Annual report on the health of the army in India
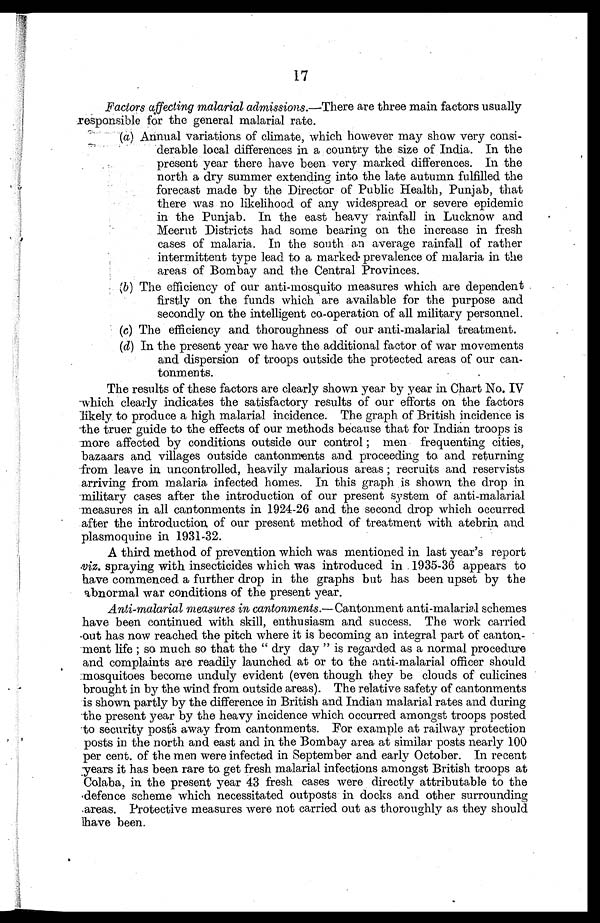
17
Factors affecting malarial admissions .—There are three main factors usually
responsible for the general malarial rate.
(a) Annual variations of climate, which however may show very consi-
derable local differences in a country the size of India. In the
present year there have been very marked differences. In the
north a dry summer extending into the late autumn fulfilled the
forecast made by the Director of Public Health, Punjab, that
there was no likelihood of any widespread or severe epidemic
in the Punjab. In the east heavy rainfall in Lucknow and
•
Meerut Districts had some bearing on the increase in fresh
cases of malaria. In the south an average rainfall of rather
intermittent type lead to a marked prevalence of malaria in the
areas of Bombay and the Central Provinces.
(b) The efficiency of our anti-mosquito measures which are dependent
firstly on the funds which are available for the purpose and
secondly on the intelligent co-operation of all military personnel.
(c) The efficiency and thoroughness of our anti-malarial treatment.
•
(d) In the present year we have the additional factor of war movements
and dispersion of troops outside the protected areas of our can
tonments.
The results of these factors are clearly shown year by year in Chart No. IV
which clearly indicates the satisfactory results of our efforts on the factors
likely to produce a high malarial incidence. The graph of British incidence is
the truer guide to the effects of our methods because that for Indian troops is
more affected by conditions outside our control ; men frequenting cities,
bazaars and villages outside cantonments and proceeding to and returning
from leave in uncontrolled, heavily malarious areas ; recruits and reservists
arriving from malaria infected homes. In this graph is shown the drop in
military cases after the introduction of our present system of anti-malarial
measures in all cantonments in 1924-26 and the second drop which occurred
after the introduction of our present method of treatment with atebrin and
plasmoquine in 1931-32.
A third method of prevention which was mentioned in last year's report
viz. spraying with insecticides which was introduced in 1935-36 appears to
have commenced a further drop in the graphs but has been upset by the
abnormal war conditions of the present year.
Anti-malarial measures in cantonments.— Cantonment anti-malarial schemes
have been continued with skill, enthusiasm and success. The work carried
out has now reached the pitch where it is becoming an integral part of canton
ment life ; so much so that the " dry day " is regarded as a normal procedure
and complaints are readily launched at or to the anti-malarial officer should
mosquitoes become unduly evident (even though they be clouds of culicines
brought in by the wind from outside areas). The relative safety of cantonments
is shown partly by the difference in British and Indian malarial rates and during
the present year by the heavy incidence which occurred amongst troops posted
to security posts away from cantonments. For example at railway protection
posts in the north and east and in the Bombay area at similar posts nearly 100
per cent. of the men were infected in September and early October. In recent
years it has been rare to get fresh malarial infections amongst British troops at
Colaba, in the present year 43 fresh cases were directly attributable to the
defence scheme which necessitated outposts in docks and other surrounding
areas. Protective measures were not carried out as thoroughly as they should
have been.